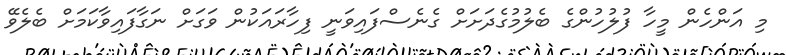
މި އަންހެން މީހާ ފުލުހުންގެ ބެލުމުގެދަށަށް ގެނެސްފައިވަނީ ފިހާރައަކުން ވަގަށް ނަގާފައިވާކަމަށް ބެލެވޭ